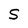
Character: S